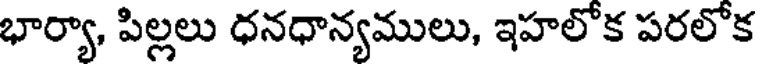
భార్యా, పిల్లలు ధనధాన్యములు, ఇహలోక పరలోక